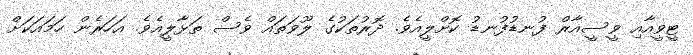
ޓީވީއާއި ވީސީއާރް ފުނޑުފުނޑު ކޮށްލީއެވެ. ދޮރުތަކުގެ ލޫވަތައް ވެސް ތަޅާލީއެވެ. އަހަރެން ހަމައަކަށް